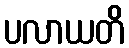
ပလာယတိ